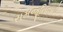
સમજૂતિવાળો